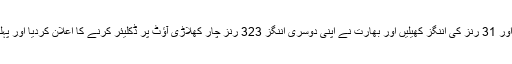
اجنکیا راہانے اور ویرات کوہلی نے بھی اچھی بیٹنگ کا مظاہرہ کرتے ہوئے بالترتیب 27 اور 31 رنز کی اننگز کھیلیں اور بھارت نے اپنی دوسری اننگز 323 رنز چار کھلاڑی آؤٹ پر ڈکلیئر کرنے کا اعلان کردیا اور پہلی اننگز کی برتری کی بدولت جنوبی افریقہ کو میچ میں فتح کے لیے 395 رنز کا ہدف دیا۔